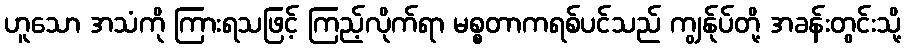
ဟူသော အသံကို ကြားရသဖြင့် ကြည့်လိုက်ရာ မစ္စတာကရစ်ပင်သည် ကျွန်ုပ်တို့ အခန်းတွင်းသို့